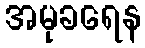
အမုခရေန